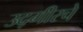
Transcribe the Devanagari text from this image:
उद्गीरचे